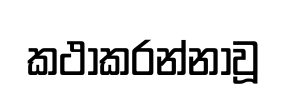
කථාකරන්නාවූ